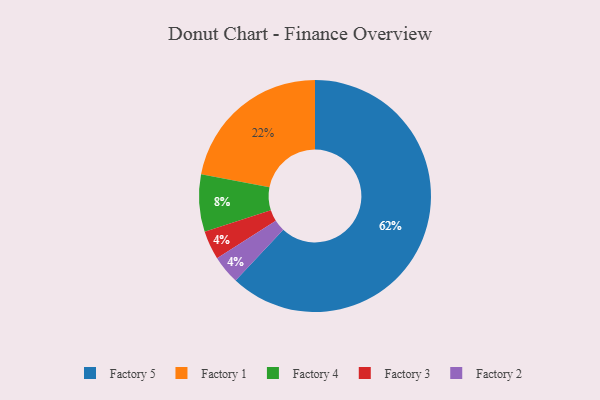
{"axis": {"x": "Category", "y": "Percentage"}, "legend": ["Factory 1", "Factory 2", "Factory 3", "Factory 4", "Factory 5"], "data": [{"x": "Factory 4", "y": 8, "type": "Factory 4"}, {"x": "Factory 3", "y": 4, "type": "Factory 3"}, {"x": "Factory 2", "y": 4, "type": "Factory 2"}, {"x": "Factory 5", "y": 62, "type": "Factory 5"}, {"x": "Factory 1", "y": 22, "type": "Factory 1"}]}